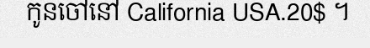
កូនចៅនៅ California USA.20$ ។